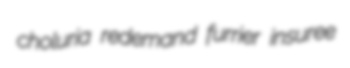
choluria redemand furrier insuree